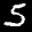
Label: 5